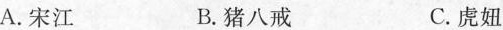
A.宋江 B.猪八戒 C.虎妞